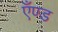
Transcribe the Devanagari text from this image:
एँण्ड